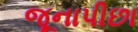
જૂનાપીછા